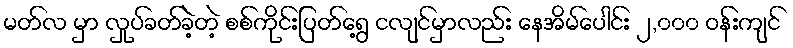
မတ်လ မှာ လှုပ်ခတ်ခဲ့တဲ့ စစ်ကိုင်းပြတ်ရွေ့ ငလျင်မှာလည်း နေအိမ်ပေါင်း ၂,၀၀၀ ဝန်းကျင်